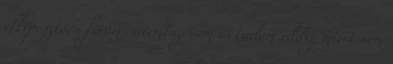
elképesztően finom sütemény nem is tudom eddig miért nem